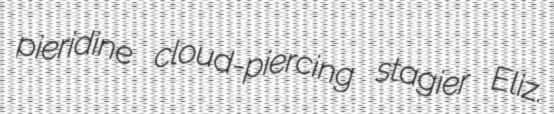
pieridine cloud-piercing stagier Eliz.